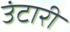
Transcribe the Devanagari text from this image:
उंटारी